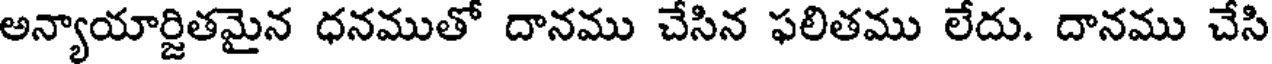
అన్యాయార్జితమైన ధనముతో దానము చేసిన ఫలితము లేదు. దానము చేసి